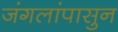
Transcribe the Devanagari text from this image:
जंगलांपासुन